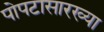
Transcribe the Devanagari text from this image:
पोपटासारख्या